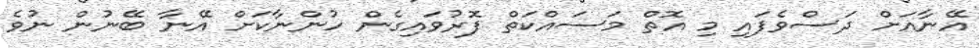
އޭނާއަށް ދަސްވެފައި މި އޮތް މަސައްކަތް ފޮރުވައިގެން ހުންނާކަށް އޭނާ ބޭނުން ނުވެ